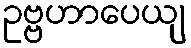
ဥဗ္ဗဟာပေယျ